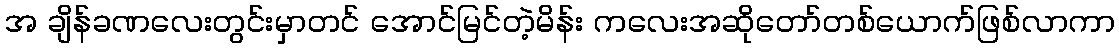
အ ချိန်ခဏလေးတွင်းမှာတင် အောင်မြင်တဲ့မိန်း ကလေးအဆိုတော်တစ်ယောက်ဖြစ်လာကာ